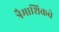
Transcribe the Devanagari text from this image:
त्रैमाशिकचे